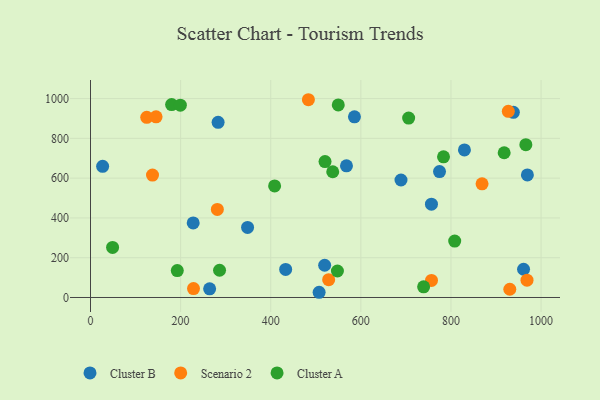
{"axis": {"x": "Study Hours", "y": "Yield"}, "legend": ["Cluster A", "Cluster B", "Scenario 2"], "data": [{"x": "227.9", "y": 374.9, "type": "Cluster B"}, {"x": "568.1", "y": 662.2, "type": "Cluster B"}, {"x": "585.8", "y": 908.4, "type": "Cluster B"}, {"x": "433.1", "y": 141.1, "type": "Cluster B"}, {"x": "774.6", "y": 633.2, "type": "Cluster B"}, {"x": "348.6", "y": 352.1, "type": "Cluster B"}, {"x": "26.9", "y": 659.7, "type": "Cluster B"}, {"x": "938.5", "y": 931.1, "type": "Cluster B"}, {"x": "969.6", "y": 616.4, "type": "Cluster B"}, {"x": "756.7", "y": 469.2, "type": "Cluster B"}, {"x": "961.1", "y": 142.0, "type": "Cluster B"}, {"x": "283.2", "y": 880.7, "type": "Cluster B"}, {"x": "829.9", "y": 741.8, "type": "Cluster B"}, {"x": "519.7", "y": 162.2, "type": "Cluster B"}, {"x": "689.1", "y": 590.8, "type": "Cluster B"}, {"x": "264.4", "y": 43.5, "type": "Cluster B"}, {"x": "507.4", "y": 26.2, "type": "Cluster B"}, {"x": "137.6", "y": 615.3, "type": "Scenario 2"}, {"x": "930.6", "y": 41.5, "type": "Scenario 2"}, {"x": "228.6", "y": 45.0, "type": "Scenario 2"}, {"x": "528.6", "y": 89.4, "type": "Scenario 2"}, {"x": "968.8", "y": 86.9, "type": "Scenario 2"}, {"x": "281.5", "y": 442.8, "type": "Scenario 2"}, {"x": "483.6", "y": 994.3, "type": "Scenario 2"}, {"x": "124.8", "y": 906.0, "type": "Scenario 2"}, {"x": "869.0", "y": 571.4, "type": "Scenario 2"}, {"x": "756.8", "y": 85.8, "type": "Scenario 2"}, {"x": "145.5", "y": 908.1, "type": "Scenario 2"}, {"x": "927.3", "y": 936.1, "type": "Scenario 2"}, {"x": "918.1", "y": 727.8, "type": "Cluster A"}, {"x": "549.9", "y": 968.2, "type": "Cluster A"}, {"x": "966.2", "y": 768.1, "type": "Cluster A"}, {"x": "739.3", "y": 53.8, "type": "Cluster A"}, {"x": "286.4", "y": 136.9, "type": "Cluster A"}, {"x": "548.0", "y": 133.2, "type": "Cluster A"}, {"x": "783.5", "y": 707.3, "type": "Cluster A"}, {"x": "537.6", "y": 632.2, "type": "Cluster A"}, {"x": "706.1", "y": 902.0, "type": "Cluster A"}, {"x": "808.3", "y": 283.6, "type": "Cluster A"}, {"x": "180.0", "y": 969.7, "type": "Cluster A"}, {"x": "192.6", "y": 135.5, "type": "Cluster A"}, {"x": "520.5", "y": 683.4, "type": "Cluster A"}, {"x": "408.6", "y": 561.0, "type": "Cluster A"}, {"x": "199.4", "y": 967.0, "type": "Cluster A"}, {"x": "49.0", "y": 251.7, "type": "Cluster A"}]}